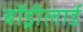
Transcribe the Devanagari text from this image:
बॉड्रीलार्ड